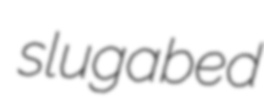
slugabed